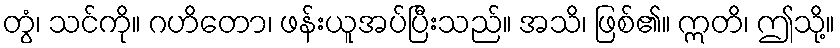
တွံ၊ သင်ကို။ ဂဟိတော၊ ဖန်းယူအပ်ပြီးသည်။ အသိ၊ ဖြစ်၏။ ဣတိ၊ ဤသို့။